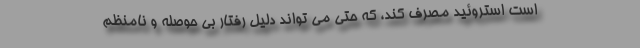
است استروئید مصرف کند، که حتی می تواند دلیل رفتار بی حوصله و نامنظم